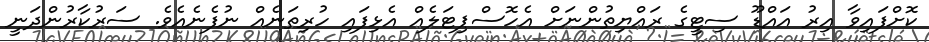
ކޮށްފައިވާ އިރު އައްޑޫ ސިޓީގެ ރައްޔިތުންނަށް އެހޮސްޕިޓަލެއް އެޅިފައި ހުރިތަނެއް ނުފެނެއެވެ. ސަރުކާރުންދަނީ